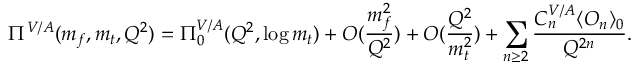
\Pi ^ { V / A } ( m _ { f } , m _ { t } , Q ^ { 2 } ) = \Pi _ { 0 } ^ { V / A } ( Q ^ { 2 } , \log m _ { t } ) + O ( \frac { m _ { f } ^ { 2 } } { Q ^ { 2 } } ) + O ( \frac { Q ^ { 2 } } { m _ { t } ^ { 2 } } ) + \sum _ { n \geq 2 } \frac { C _ { n } ^ { V / A } \langle O _ { n } \rangle _ { 0 } } { Q ^ { 2 n } } .